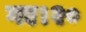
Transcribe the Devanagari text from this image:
गए।२०